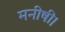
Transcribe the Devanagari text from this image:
मनीषी।